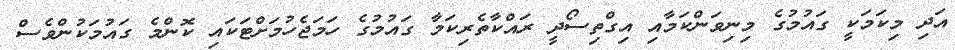
އަދި މިކަމަކީ ގައުމުގެ މިނިވަންކަމާއި އިގްތިސޯދީ ރައްކާތެރިކަމާ ގައުމުގެ ހަމަޖެހުމަށްޓަކައި ކޮންމެ ގައުމަކުންވެސް